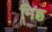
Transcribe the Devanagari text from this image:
मिष्ठ